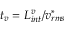
t _ { v } = L _ { i n t } ^ { v } / v _ { r m s } ^ { * }